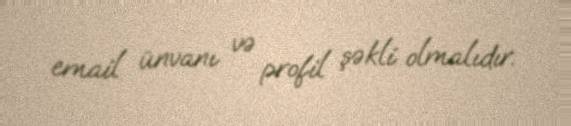
email ünvanı və profil şəkli olmalıdır.